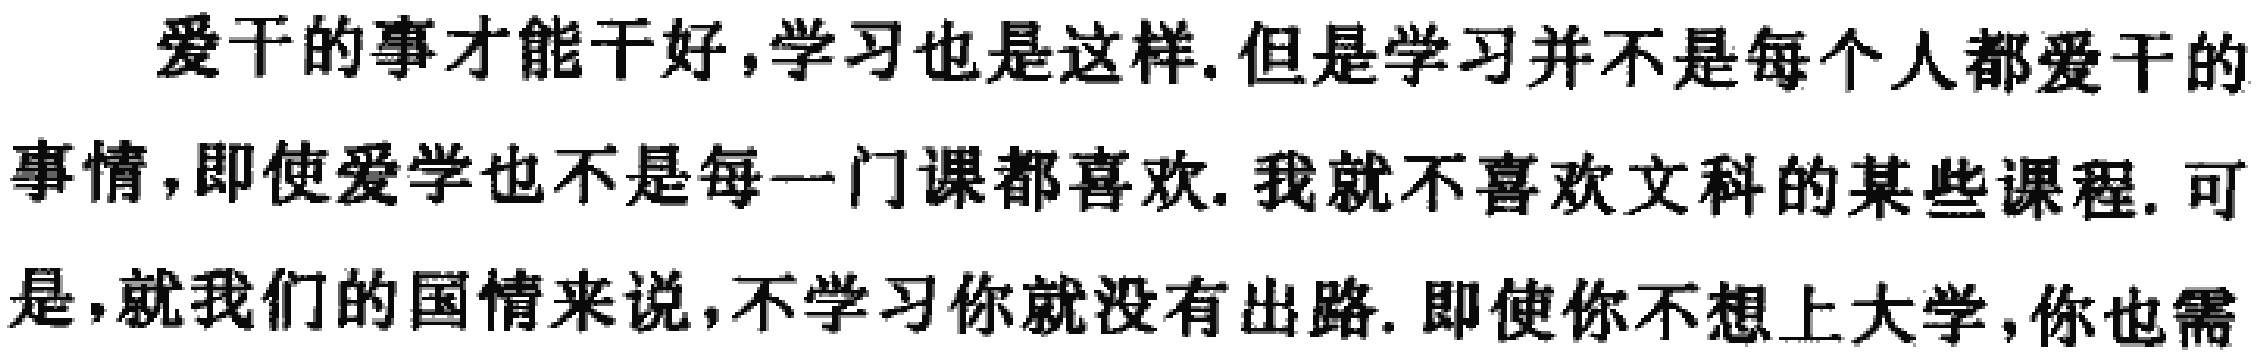
爱干的事才能干好,学习也是这样.但是学习并不是每个人都爱干的事情,即使爱学也不是每一门课都喜欢.我就不喜欢文科的某些课程.可是,就我们的国情来说,不学习你就没有出路.即使你不想上大学,你也需